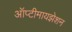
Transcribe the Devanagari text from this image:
ऑप्टीमायझेशन